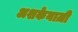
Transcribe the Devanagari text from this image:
अशकेनाज़ी